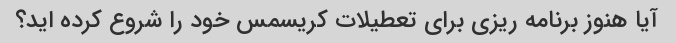
آیا هنوز برنامه ریزی برای تعطیلات کریسمس خود را شروع کرده اید؟